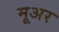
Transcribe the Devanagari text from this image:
मूअर